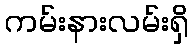
ကမ်းနားလမ်းရှိ